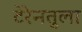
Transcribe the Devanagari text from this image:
टेरेनतुला